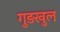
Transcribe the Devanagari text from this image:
गुड़खुल